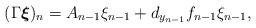
LaTeX: \begin{align*}(\Gamma \boldsymbol{\xi})_n=A_{n-1}\xi_{n-1}+d_{y_{n-1}}f_{n-1}\xi_{n-1},\end{align*}